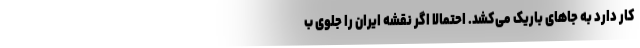
کار دارد به جاهای باریک می‌کشد. احتمالاً اگر نقشه ایران را جلوی ب